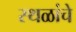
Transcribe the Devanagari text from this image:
स्‍थळांचे